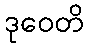
ဒုဝေတိ